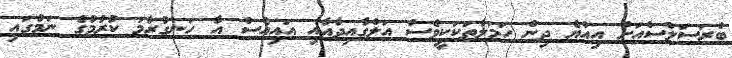
ބްރަސަލްސްއަށް އިއްޔެ ދިން ހަމަލާތަކަކީވެސް އަލްގާއިދާއާއި އައިއެސް އާ ހަނގުރާމަ ކުރުމުގެ ނަމުގައި